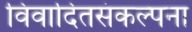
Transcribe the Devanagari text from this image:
विवादितसंकल्पना